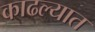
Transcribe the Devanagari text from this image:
काढल्यात